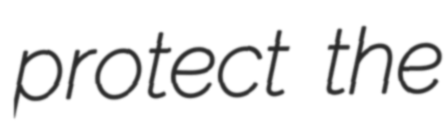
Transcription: protect the